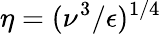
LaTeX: \eta=(\nu^{3}/\epsilon)^{1/4}